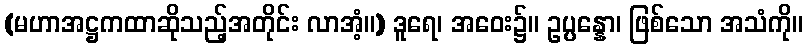
(မဟာအဋ္ဌကထာဆိုသည့်အတိုင်း လာအံ့။) ဒူရေ၊ အဝေး၌။ ဥပ္ပန္နော၊ ဖြစ်သော အသံကို။